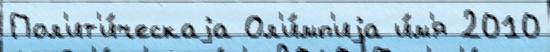
Пол'ит'и́ческаjа Ол'и́мп'иjа и́м'я 2010